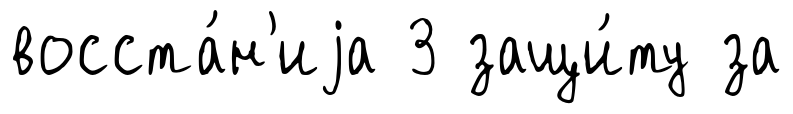
восста́н'иjа 3 защи́ту за